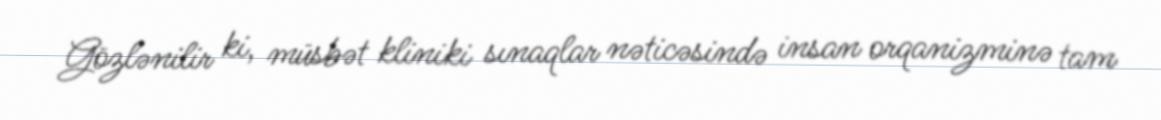
Gözlənilir ki, müsbət kliniki sınaqlar nəticəsində insan orqanizminə tam